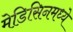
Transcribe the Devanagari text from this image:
मेडिसिनमध्ये